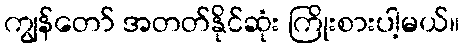
ကျွန်တော် အတတ်နိုင်ဆုံး ကြိုးစားပါ့မယ်။